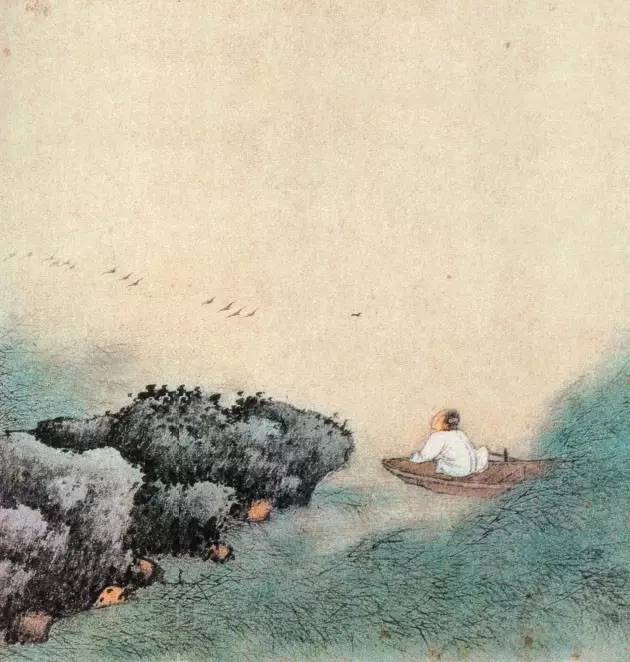
深村时节好，应为去年丰。